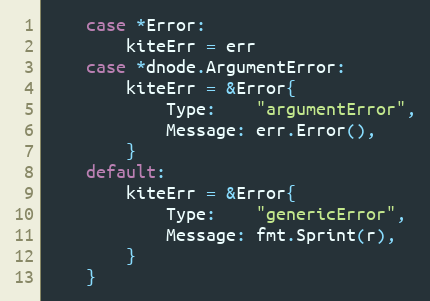
Language: Go
	case *Error:
		kiteErr = err
	case *dnode.ArgumentError:
		kiteErr = &Error{
			Type:    "argumentError",
			Message: err.Error(),
		}
	default:
		kiteErr = &Error{
			Type:    "genericError",
			Message: fmt.Sprint(r),
		}
	}